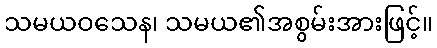
သမယဝသေန၊ သမယ၏အစွမ်းအားဖြင့်။